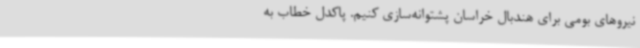
نیروهای بومی برای هندبال خراسان پشتوانه‌سازی کنیم. پاکدل خطاب به